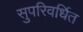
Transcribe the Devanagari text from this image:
सुपरिवर्धित